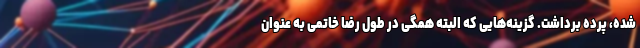
شده، پرده برداشت. گزینه‌هایی که البته همگی در طول رضا خاتمی به عنوان